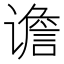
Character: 谵